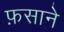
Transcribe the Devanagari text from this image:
फ़साने